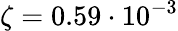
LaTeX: \zeta=0.59\cdot 10^{-3}